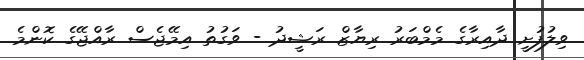
ވިލުފުށީ ދާއިރާގެ މެމްބަރު ރިޔާޒް ރަޝީދު - ވަގުތު އިމޭޖެސް ރާއްޖޭގެ ކޮންމެ